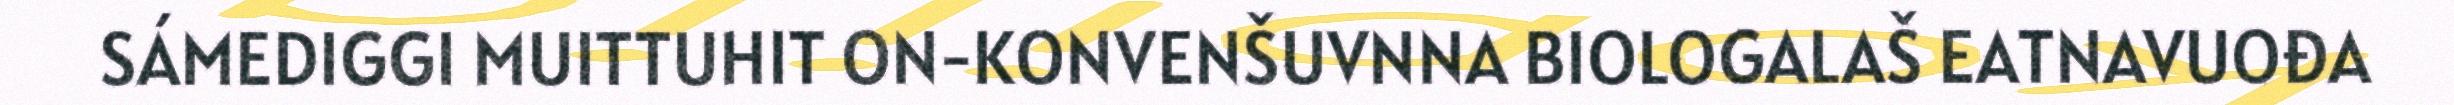
SÁMEDIGGI MUITTUHIT ON-KONVENŠUVNNA BIOLOGALAŠ EATNAVUOĐA